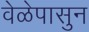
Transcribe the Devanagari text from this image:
वेळेपासुन